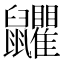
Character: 𪖏